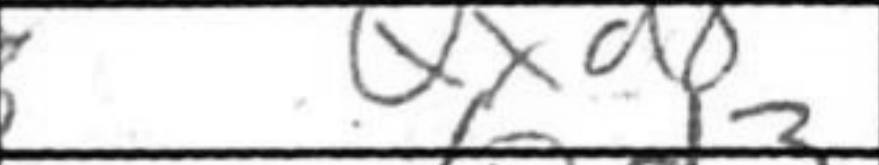
Transcription: Qxd8